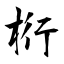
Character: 桁